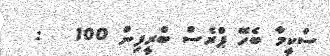
ސްކީމާ ބެހޭ ޕްރެސް ބްރީފިން 100   :